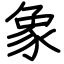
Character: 象